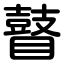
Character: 瞽